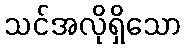
သင်အလိုရှိသော